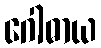
ဂေါဓာယ